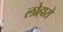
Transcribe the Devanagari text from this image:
लोहारो